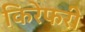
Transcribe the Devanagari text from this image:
किरेफरी